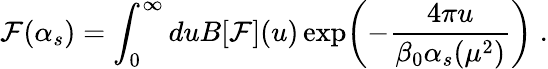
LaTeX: {\cal F}(\alpha_{s})=\int_{0}^{\infty}duB[{\cal F}](u)\exp\biggl(-\frac{4\pi u}{\beta_{0}\alpha_{s}(\mu^{2})}\biggr)\; .